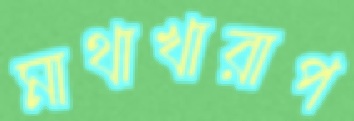
মাথাখারাপ